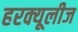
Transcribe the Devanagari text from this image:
हरक्यूलीज